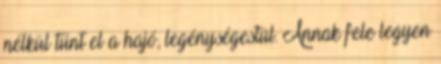
nélkül tűnt el a hajó, legénységestül. Annak fele legyen